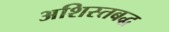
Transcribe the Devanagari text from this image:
अशिस्तबद्ध